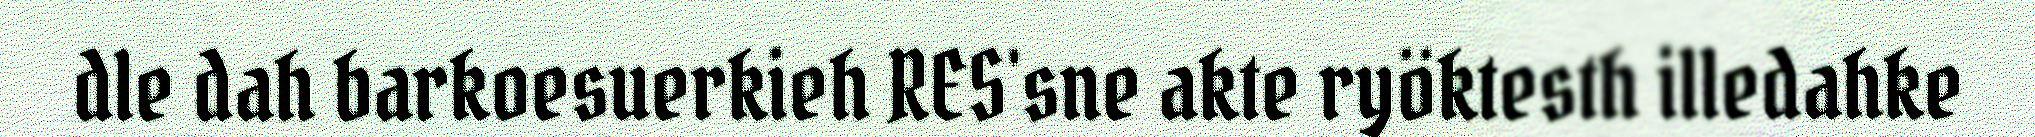
dle dah barkoesuerkieh RES'sne akte ryöktesth illedahke